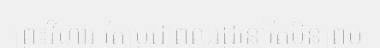
ព្រះវិហារ តែប្រជាពលរដ្ឋនៅតែមិនព្រម